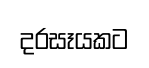
දරසෑයකට